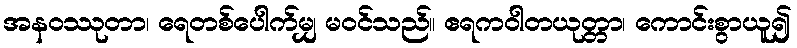
အနဝဿုတာ၊ ရေတစ်ပေါက်မျှ မဝင်သည်။ ဧရကဝါတယုတ္တာ၊ ကောင်းစွာယူ၍